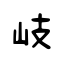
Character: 岐